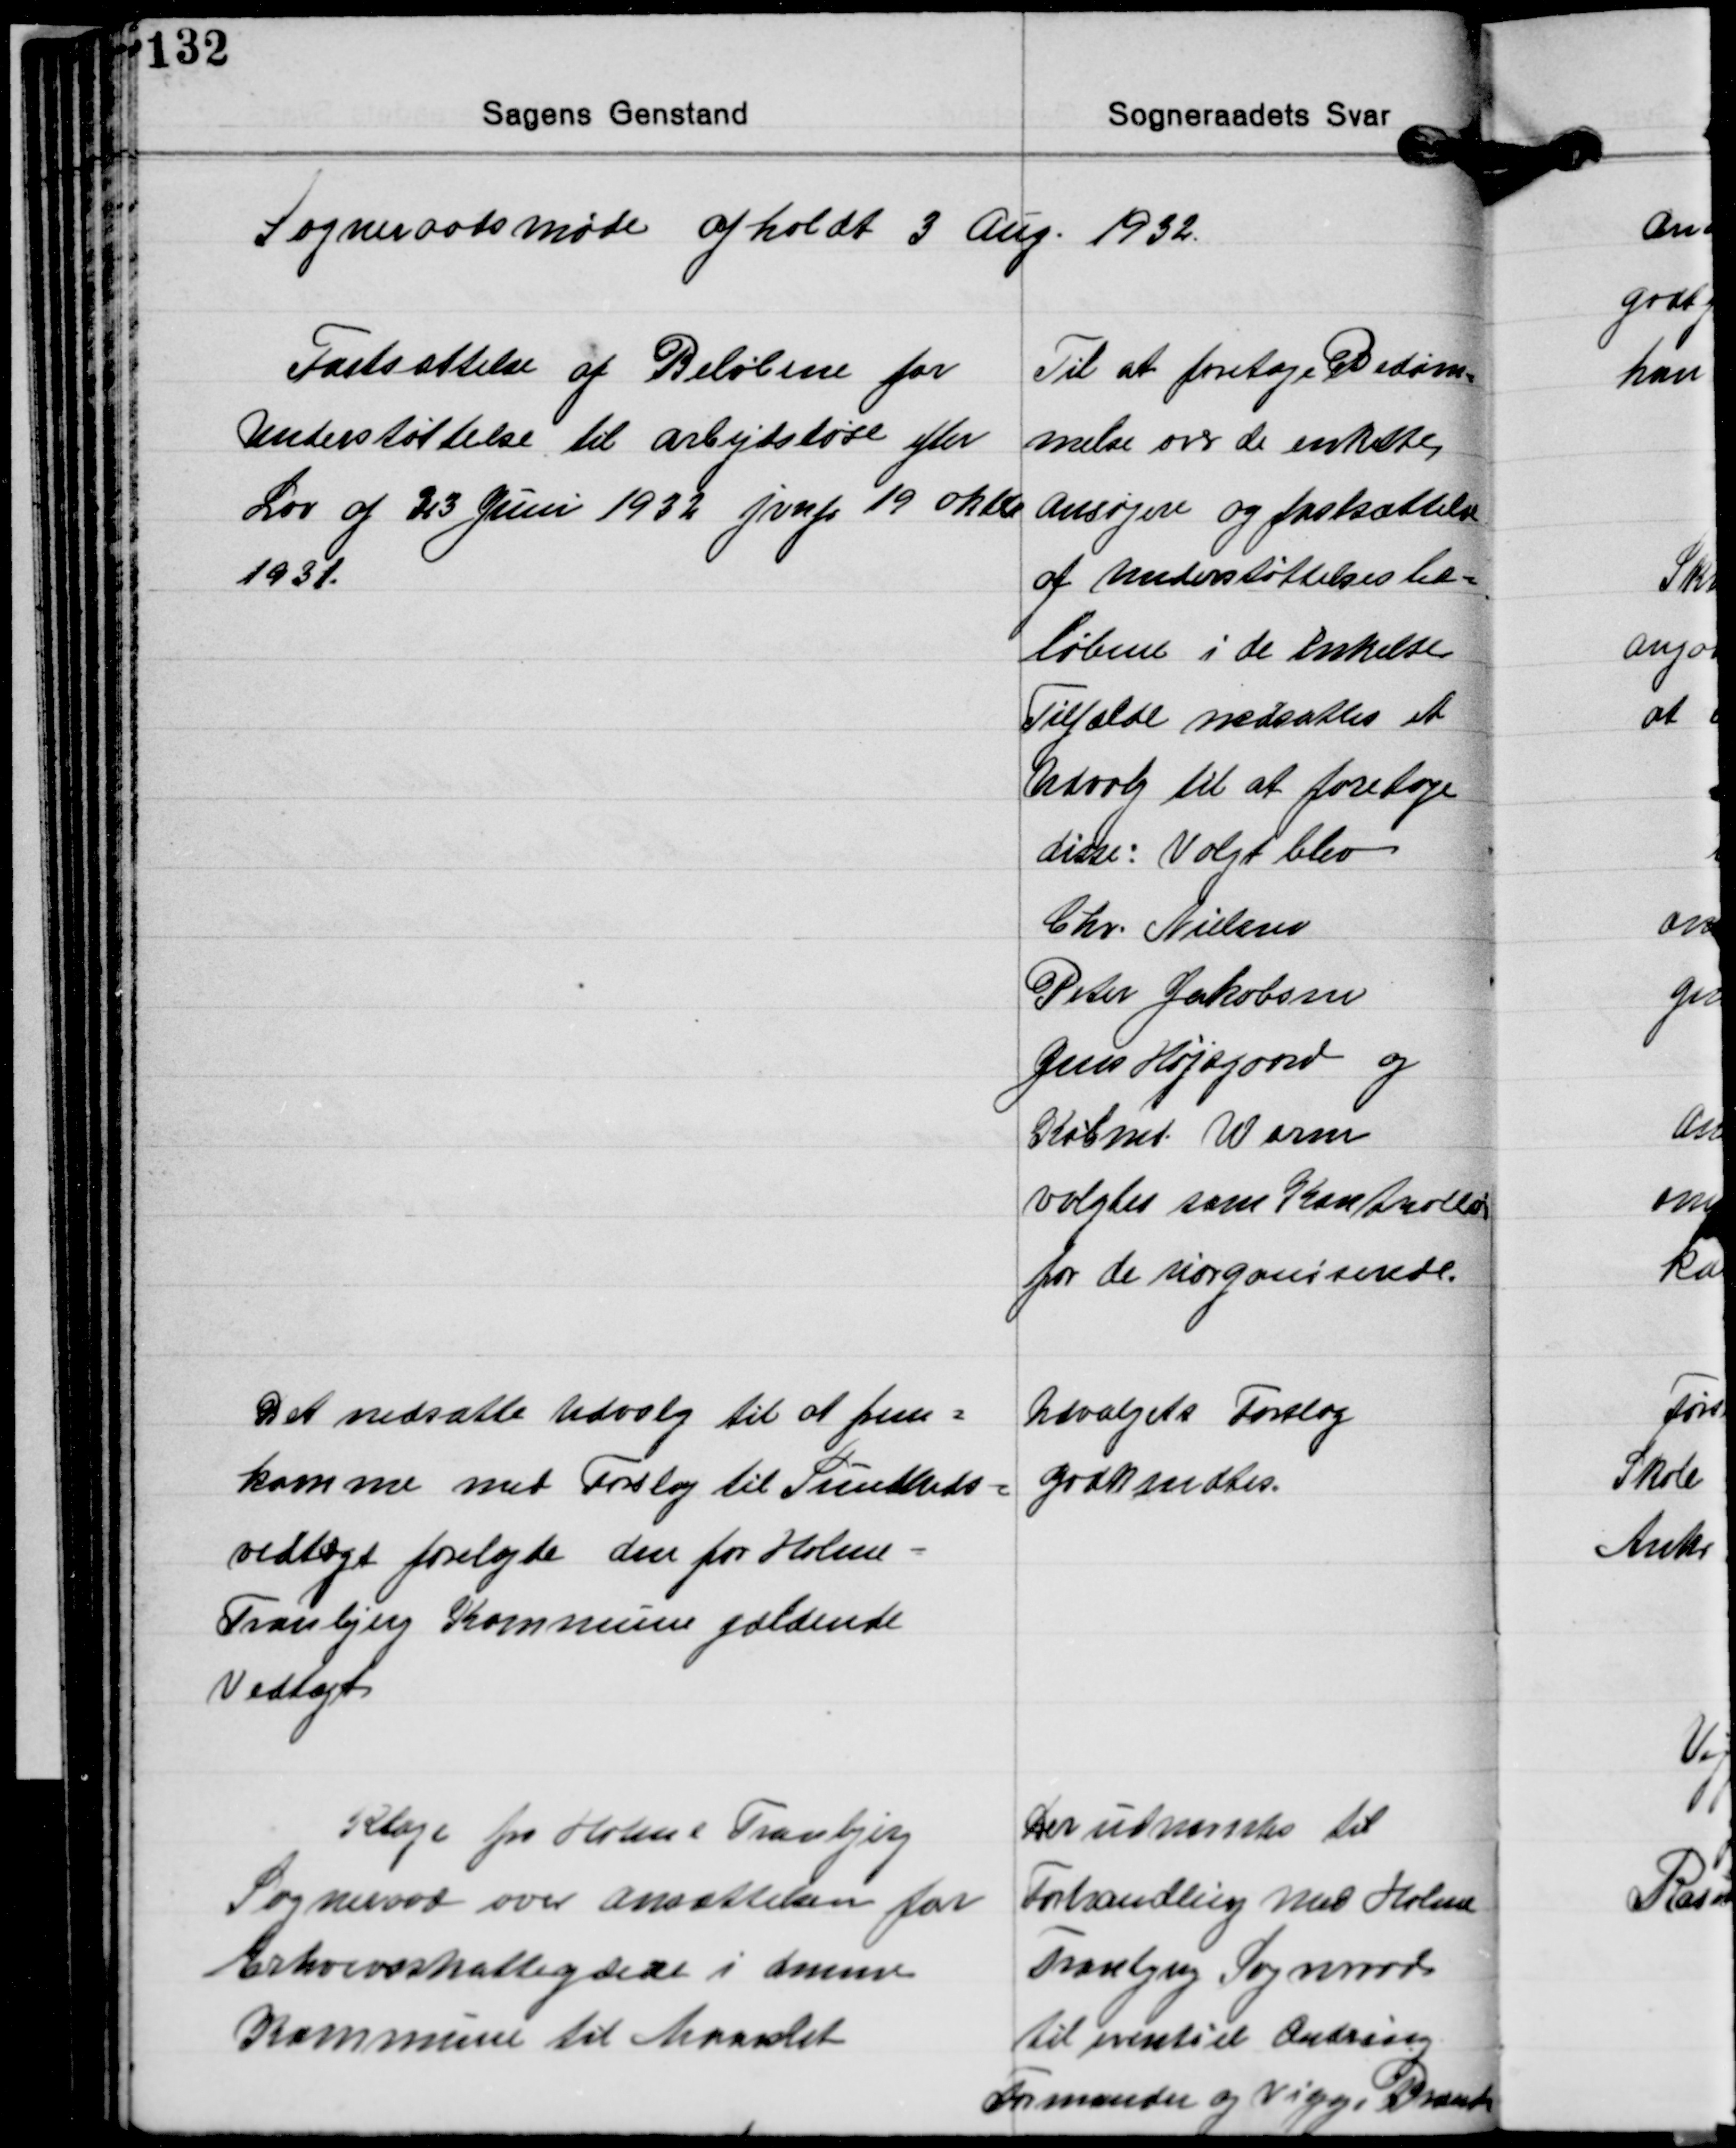
Transskription:
Sogneraadsmøde afholdt 3 Aug. 1932.

Fastsættelse af Beløbene for
Understøttelse til arbejdsløse efter
Lov af 23 Juni 1932 jvnf. 19 Oktb.
1931.

Til at foretage Bedøm-
melse over de enkelte
Ansøgere og fastsættelse
af Understøttelsesbe-
løbene i de Enkelte
Tilfælde nedsattes et
Udvalg til at foretage
disse: Valgt blev
Chr. Nielsen
Peter Jakobsen
Jens Højsgaard og
Købmd. Worm
valgtes som Kontrollør
for de uorganiserede.

Det nedsatte Udvalg til at frem-
komme med Forslag til Sundheds-
vedtægt forelagde den for Holme-
Tranbjerg Kommune gældende
Vedtægt

Udvalgets Forslag
godkendtes.

Klage fra Holme Tranbjerg
Sogneraad over ansættelsen for
Erhvervskatteydere i denne
Kommune til Maarslet

Der udvarsles til
Forhandling med Holme
Tranbjeg Sogneraad
til eventuel Ændring
Formanden og Viggo Brandt